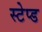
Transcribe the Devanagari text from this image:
स्टेप्ड